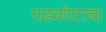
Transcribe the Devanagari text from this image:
पडकोटाचा